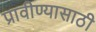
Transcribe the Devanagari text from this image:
प्रावीण्यासाठी